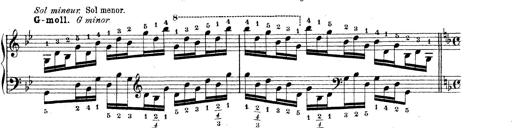
Title: Technische Studien
Composer: Franz Liszt